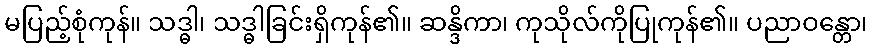
မပြည့်စုံကုန်။ သဒ္ဓါ၊ သဒ္ဓါခြင်းရှိကုန်၏။ ဆန္ဒိကာ၊ ကုသိုလ်ကိုပြုကုန်၏။ ပညာဝန္တော၊